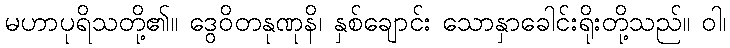
မဟာပုရိသတို့၏။ ဒွေဝိတနုဏုနိ၊ နှစ်ချောင်း သောနှာခေါင်းရိုးတို့သည်။ ဝါ၊